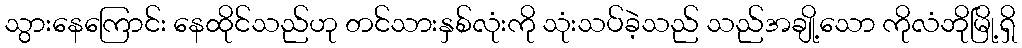
သွားနေကြောင်း နေထိုင်သည်ဟု တင်သားနှစ်လုံးကို သုံးသပ်ခဲ့သည် သည်အချို့သော ကိုလံဘိုမြို့ရှိ